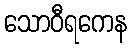
သောဝီရကေန